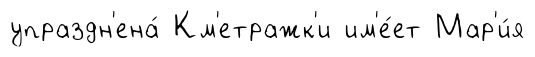
упраздн'ена́ Км'етражк'и им'е́ет Мар'и́я